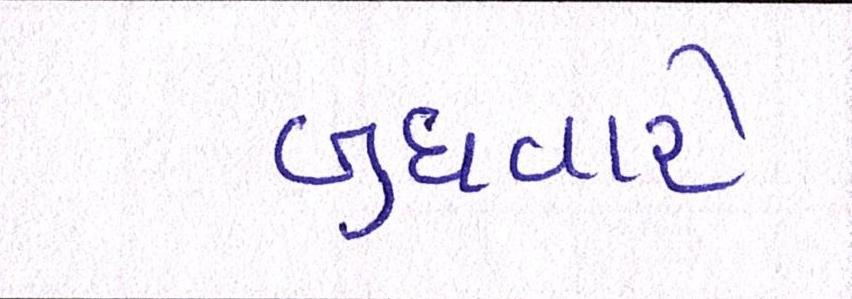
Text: બુધવારે